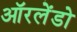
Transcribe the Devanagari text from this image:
ऑरलेंडो